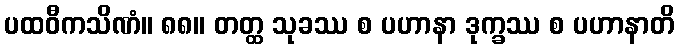
ပထဝီကသိဏံ။ ၈၈။ တတ္ထ သုခဿ စ ပဟာနာ ဒုက္ခဿ စ ပဟာနာတိ